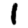
Digit: 1